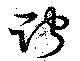
貯